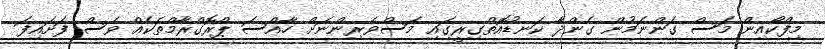
މިފްކޯއިން މަސް ގަންނަމުން ގެންދާ ކަނޑުއޮތްގިރީގައި މަސްވެރިންނަށް ހާއްސަ ޕްރޮގްރާމްތަކެއް ވެސް ފަށައިފަ